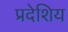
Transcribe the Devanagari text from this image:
प्रदेशिय